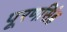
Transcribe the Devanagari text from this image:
पूरणसिंह